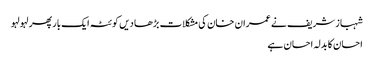
شہباز شریف نے عمران خان کی مشکلات بڑھا دیں	 کوئٹہ ایک بار پھر لہو لہو
احسان کا بدلہ احسان ہے